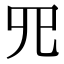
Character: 𦉭